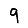
Digit: 9